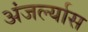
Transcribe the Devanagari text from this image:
अंजर्ल्यास